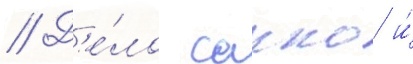
// Д'е́ло сакко и́